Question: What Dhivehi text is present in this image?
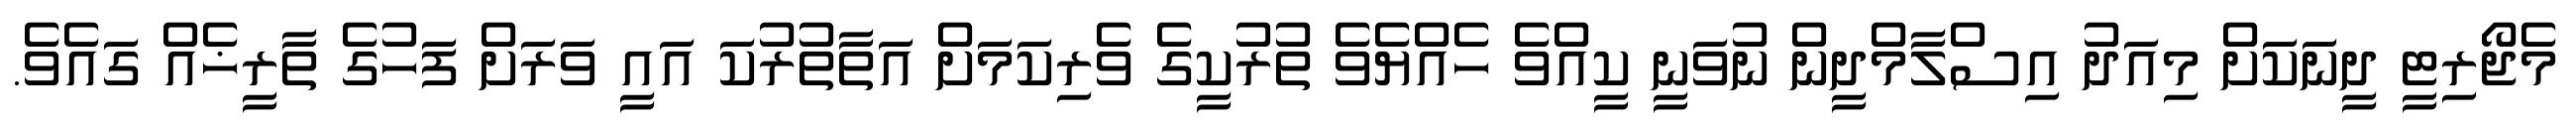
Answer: މެޖޯރިޓީ ދީނަކަށް މިއަދު އިސްލާމްދީން ނުވަނީ ކީއްވެ ހެއްޔެވެ ތުރުކީގެ ވެރިކަމަށް އަތާތުރުކަ އައީ ވަރަށް ފަހުގެ ތާރީޚެއް ގައެވެ.